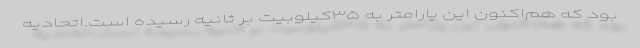
بود كه هم‌اكنون اين پارامتر به ۳۵كيلوبيت بر ثانيه رسيده است.اتحاديه